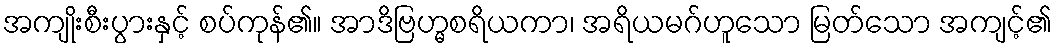
အကျိုးစီးပွားနှင့် စပ်ကုန်၏။ အာဒိဗြဟ္မစရိယကာ၊ အရိယမဂ်ဟူသော မြတ်သော အကျင့်၏